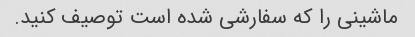
ماشینی را که سفارشی شده است توصیف کنید.